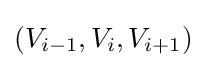
(V_{i-1},V_{i},V_{i+1})